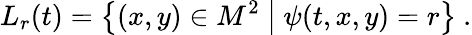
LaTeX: L_{r}(t)=\big\{ (x,y)\in M^{2}\ \big|\ \psi(t,x,y)=r\big\} \ .